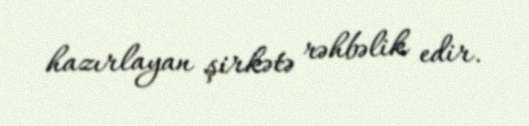
hazırlayan şirkətə rəhbəlik edir.